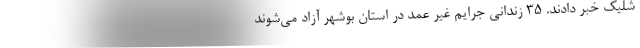
شلیک خبر دادند. ۳۵ زندانی جرایم غیر عمد در استان بوشهر آزاد می‌شوند